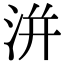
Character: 洴